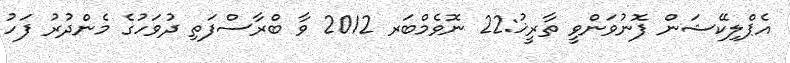
އެޕްލިކޭޝަން ފޮނުވަންވީ ތާރީޚު:22 ނޮވެމްބަރ 2012 ވާ ބްރާސްފަތި ދުވަހުގެ މެންދުރު ފަހު